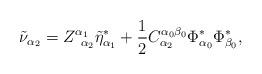
LaTeX: \begin{align*}\tilde \nu _{\alpha _2}=Z_{\;\;\alpha _2}^{\alpha _1}\tilde \eta_{\alpha _1}^{*}+\frac 12C_{\alpha _2}^{\alpha _0\beta _0}\Phi _{\alpha_0}^{*}\Phi _{\beta _0}^{*},\end{align*}